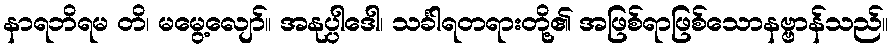
နာရဘိရမ တိ၊ မမွေ့လျော်။ အနုပ္ပါဒေါ၊ သင်္ခါရတရားတို့၏ အဖြစ်ရာဖြစ်သောနဗ္ဗာန်သည်။